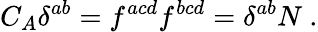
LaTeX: C_{A}\delta^{ab}=f^{acd}f^{bcd}=\delta^{ab}N\ .